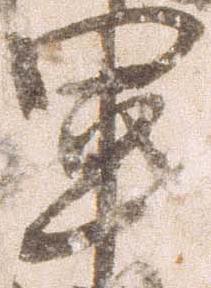
軍